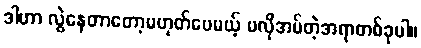
ဒါဟာ လွဲနေတာတော့မဟုတ်ပေမယ့် မလိုအပ်တဲ့အရာတစ်ခုပါ။